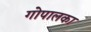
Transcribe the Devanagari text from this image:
गोपालका